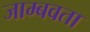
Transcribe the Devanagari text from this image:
जाम्बवता